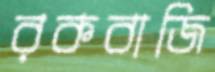
রকবাজি